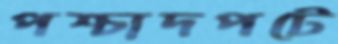
পশ্চাদপটে